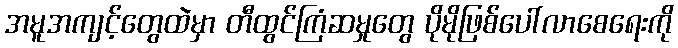
အမူအကျင့်တွေထဲမှာ တီထွင်ကြံဆမှုတွေ ပိုမိုဖြစ်ပေါ်လာစေရေးကို